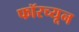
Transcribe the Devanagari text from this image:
फॉरच्यून